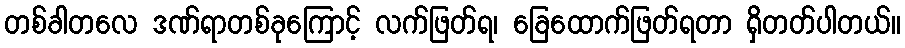
တစ်ခါတလေ ဒဏ်ရာတစ်ခုကြောင့် လက်ဖြတ်ရ၊ ခြေထောက်ဖြတ်ရတာ ရှိတတ်ပါတယ်။